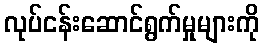
လုပ်ငန်းဆောင်ရွက်မှုများကို